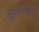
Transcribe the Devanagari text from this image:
हिमवर्षात